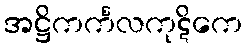
အဋ္ဌိကင်္ကလကုဋိကေ